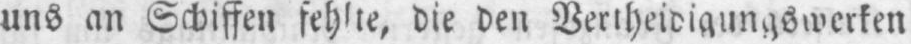
uns an Schiffen fehlte, die den Vertheidigungswerken